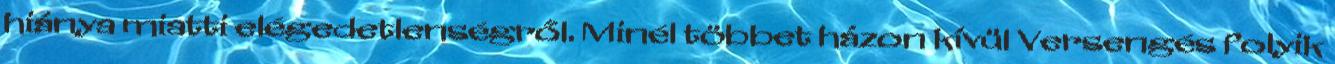
hiánya miatti elégedetlenségről. Minél többet házon kívül Versengés folyik